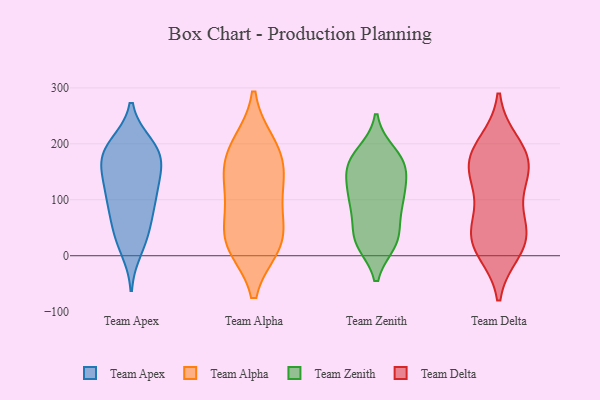
{"axis": {"x": "Gross Profit (USD K)", "y": "Value"}, "legend": ["Team Alpha", "Team Apex", "Team Delta", "Team Zenith"], "data": [{"x": "", "y": 190, "type": "Team Apex"}, {"x": "", "y": 173, "type": "Team Apex"}, {"x": "", "y": 173, "type": "Team Apex"}, {"x": "", "y": 150, "type": "Team Apex"}, {"x": "", "y": 129, "type": "Team Apex"}, {"x": "", "y": 34, "type": "Team Apex"}, {"x": "", "y": 195, "type": "Team Apex"}, {"x": "", "y": 66, "type": "Team Apex"}, {"x": "", "y": 198, "type": "Team Apex"}, {"x": "", "y": 179, "type": "Team Apex"}, {"x": "", "y": 103, "type": "Team Apex"}, {"x": "", "y": 12, "type": "Team Apex"}, {"x": "", "y": 88, "type": "Team Apex"}, {"x": "", "y": 100, "type": "Team Apex"}, {"x": "", "y": 39, "type": "Team Apex"}, {"x": "", "y": 132, "type": "Team Apex"}, {"x": "", "y": 47, "type": "Team Alpha"}, {"x": "", "y": 24, "type": "Team Alpha"}, {"x": "", "y": 164, "type": "Team Alpha"}, {"x": "", "y": 97, "type": "Team Alpha"}, {"x": "", "y": 192, "type": "Team Alpha"}, {"x": "", "y": 21, "type": "Team Alpha"}, {"x": "", "y": 147, "type": "Team Alpha"}, {"x": "", "y": 117, "type": "Team Alpha"}, {"x": "", "y": 198, "type": "Team Alpha"}, {"x": "", "y": 20, "type": "Team Alpha"}, {"x": "", "y": 122, "type": "Team Zenith"}, {"x": "", "y": 32, "type": "Team Zenith"}, {"x": "", "y": 88, "type": "Team Zenith"}, {"x": "", "y": 172, "type": "Team Zenith"}, {"x": "", "y": 92, "type": "Team Zenith"}, {"x": "", "y": 82, "type": "Team Zenith"}, {"x": "", "y": 162, "type": "Team Zenith"}, {"x": "", "y": 24, "type": "Team Zenith"}, {"x": "", "y": 28, "type": "Team Zenith"}, {"x": "", "y": 94, "type": "Team Zenith"}, {"x": "", "y": 138, "type": "Team Zenith"}, {"x": "", "y": 159, "type": "Team Zenith"}, {"x": "", "y": 25, "type": "Team Zenith"}, {"x": "", "y": 117, "type": "Team Zenith"}, {"x": "", "y": 184, "type": "Team Zenith"}, {"x": "", "y": 178, "type": "Team Zenith"}, {"x": "", "y": 155, "type": "Team Zenith"}, {"x": "", "y": 29, "type": "Team Zenith"}, {"x": "", "y": 183, "type": "Team Delta"}, {"x": "", "y": 200, "type": "Team Delta"}, {"x": "", "y": 182, "type": "Team Delta"}, {"x": "", "y": 43, "type": "Team Delta"}, {"x": "", "y": 160, "type": "Team Delta"}, {"x": "", "y": 142, "type": "Team Delta"}, {"x": "", "y": 121, "type": "Team Delta"}, {"x": "", "y": 71, "type": "Team Delta"}, {"x": "", "y": 39, "type": "Team Delta"}, {"x": "", "y": 10, "type": "Team Delta"}, {"x": "", "y": 21, "type": "Team Delta"}, {"x": "", "y": 24, "type": "Team Delta"}, {"x": "", "y": 156, "type": "Team Delta"}]}